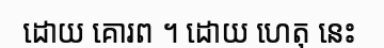
ដោយ គោរព ។ ដោយ ហេតុ នេះ